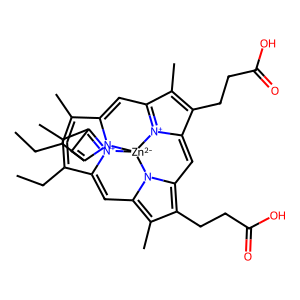
SMILES: CCC1=C(C)C2=[N+]3C1=Cc1c(C)c(CCC(=O)O)c4n1[Zn-2]31n3c(c(C)c(CC)c3=C2)=CC2=[N+]1C(=C4)C(CCC(=O)O)=C2C
Inhibits HIV replication: No